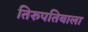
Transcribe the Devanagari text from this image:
तिरुपतिबाला